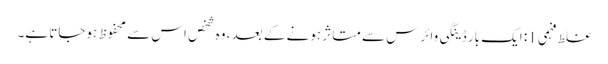
غلط فہمی 1: ایک بار ڈینگی وائرس سے متاثر ہونے کے بعد ، وہ شخص اس سے محفوظ ہوجاتا ہے۔